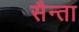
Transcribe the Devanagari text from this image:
सैन्ता